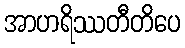
အာဟရိဿတီတိပေ